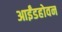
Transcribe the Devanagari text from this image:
आईंडहोवन